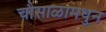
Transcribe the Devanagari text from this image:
चौसाळामधुन